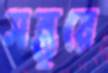
সন্তুরে